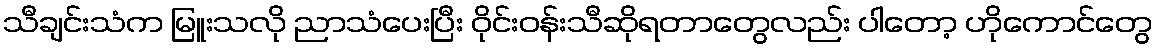
သီချင်းသံက မြူးသလို ညာသံပေးပြီး ဝိုင်းဝန်းသီဆိုရတာတွေလည်း ပါတော့ ဟိုကောင်တွေ